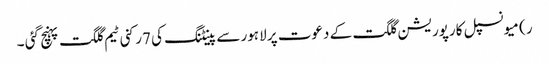
ر) میونسپل کارپوریشن گلگت کے دعوت پر لاہور سے پینٹنگ کی 7رکنی ٹیم گلگت پہنچ گئی ۔